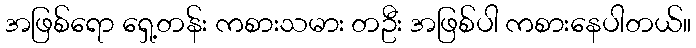
အဖြစ်ရော ရှေ့တန်း ကစားသမား တဦး အဖြစ်ပါ ကစားနေပါတယ်။